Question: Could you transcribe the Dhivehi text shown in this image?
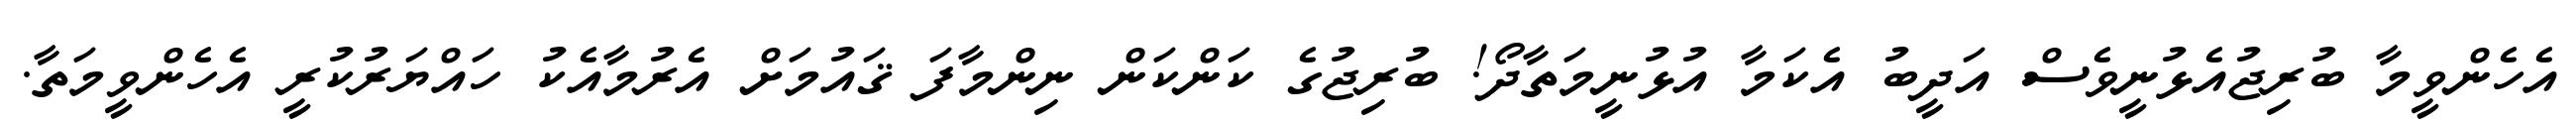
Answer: އެހެންވީމާ ބުރިޖުއެޅުނީވެސް އަދީބު އެކަމާ އުޅުނީމަތާދޯ! ބުރިޖުގެ ކަންކަން ނިންމާފަ ޤައުމަށް އެރުމާއެކު ހައްޔަރުކުރީ އެހެންވީމަތާ.